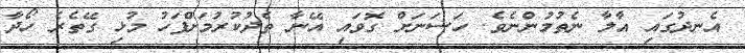
އެނދުގައި އާލާ ނެތުމުންނެވެ. ހަސަނަށް ގޮވައި އޭނާ ތެދުކުރުމަށްފަހު މުޅި ގޭތެރެ ހޯދާ